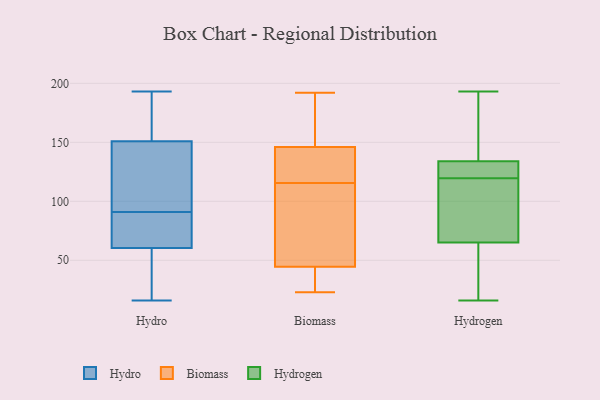
{"axis": {"x": "Latency (ms)", "y": "Value"}, "legend": ["Biomass", "Hydro", "Hydrogen"], "data": [{"x": "", "y": 71, "type": "Hydro"}, {"x": "", "y": 51, "type": "Hydro"}, {"x": "", "y": 157, "type": "Hydro"}, {"x": "", "y": 57, "type": "Hydro"}, {"x": "", "y": 39, "type": "Hydro"}, {"x": "", "y": 130, "type": "Hydro"}, {"x": "", "y": 91, "type": "Hydro"}, {"x": "", "y": 16, "type": "Hydro"}, {"x": "", "y": 78, "type": "Hydro"}, {"x": "", "y": 177, "type": "Hydro"}, {"x": "", "y": 88, "type": "Hydro"}, {"x": "", "y": 133, "type": "Hydro"}, {"x": "", "y": 95, "type": "Hydro"}, {"x": "", "y": 174, "type": "Hydro"}, {"x": "", "y": 193, "type": "Hydro"}, {"x": "", "y": 33, "type": "Biomass"}, {"x": "", "y": 124, "type": "Biomass"}, {"x": "", "y": 23, "type": "Biomass"}, {"x": "", "y": 107, "type": "Biomass"}, {"x": "", "y": 26, "type": "Biomass"}, {"x": "", "y": 151, "type": "Biomass"}, {"x": "", "y": 56, "type": "Biomass"}, {"x": "", "y": 99, "type": "Biomass"}, {"x": "", "y": 192, "type": "Biomass"}, {"x": "", "y": 137, "type": "Biomass"}, {"x": "", "y": 141, "type": "Biomass"}, {"x": "", "y": 162, "type": "Biomass"}, {"x": "", "y": 138, "type": "Hydrogen"}, {"x": "", "y": 65, "type": "Hydrogen"}, {"x": "", "y": 190, "type": "Hydrogen"}, {"x": "", "y": 126, "type": "Hydrogen"}, {"x": "", "y": 134, "type": "Hydrogen"}, {"x": "", "y": 87, "type": "Hydrogen"}, {"x": "", "y": 54, "type": "Hydrogen"}, {"x": "", "y": 16, "type": "Hydrogen"}, {"x": "", "y": 114, "type": "Hydrogen"}, {"x": "", "y": 125, "type": "Hydrogen"}, {"x": "", "y": 193, "type": "Hydrogen"}, {"x": "", "y": 76, "type": "Hydrogen"}, {"x": "", "y": 127, "type": "Hydrogen"}, {"x": "", "y": 25, "type": "Hydrogen"}]}